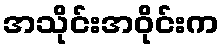
အသိုင်းအဝိုင်းက